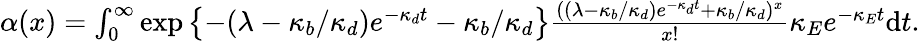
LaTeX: \begin{array}{r}{\alpha(x)=\int_{0}^{\infty}\exp\left\{ -(\lambda-\kappa_{b}/\kappa_{d})e^{-\kappa_{d}t}-\kappa_{b}/\kappa_{d}\right\} \frac{((\lambda-\kappa_{b}/\kappa_{d})e^{-\kappa_{d}t}+\kappa_{b}/\kappa_{d})^{x}}{x!}\kappa_{E}e^{-\kappa_{E}t}\mathrm dt.}\end{array}